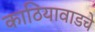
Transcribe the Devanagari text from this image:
काठियावाडचे